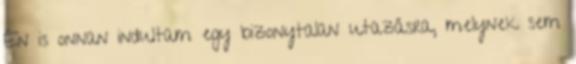
Én is onnan indultam egy bizonytalan utazásra, melynek sem